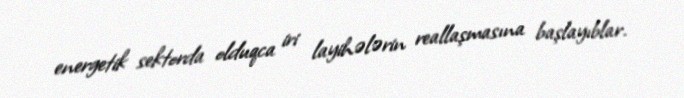
energetik sektorda olduqca iri layihələrin reallaşmasına başlayıblar.